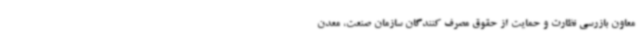
معاون بازرسی نظارت و حمایت از حقوق مصرف کنندگان سازمان صنعت، معدن